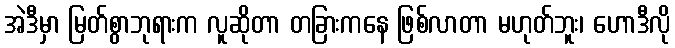
အဲဒီမှာ မြတ်စွာဘုရားက လူဆိုတာ တခြားကနေ ဖြစ်လာတာ မဟုတ်ဘူး၊ ဟောဒီလို